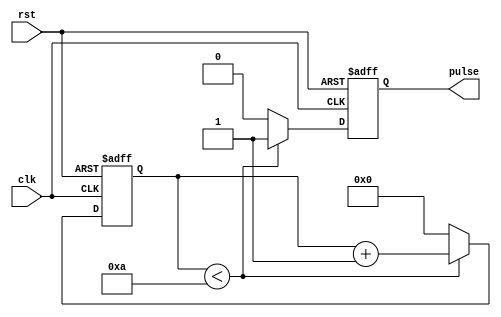
module SimplePulseGenerator (
    input wire clk,
    input wire rst,
    output reg pulse
);

parameter PULSE_DURATION = 10; // Duration of the pulse in clock cycles
parameter PULSE_FREQUENCY = 100; // Frequency of the pulse generation in Hz

reg [31:0] counter = 0;

always @ (posedge clk or posedge rst) begin
    if (rst) begin
        counter <= 0;
        pulse <= 0;
    end else begin
        if (counter < PULSE_DURATION) begin
            counter <= counter + 1;
            pulse <= 1;
        end else begin
            counter <= 0;
            pulse <= 0;
        end
    end
end

endmodule